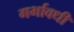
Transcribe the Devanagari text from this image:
गर्भावधी